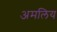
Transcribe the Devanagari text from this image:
अमलिय